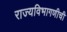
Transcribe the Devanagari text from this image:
राज्यविभागणीची